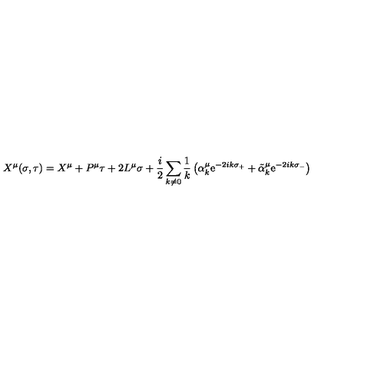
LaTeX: X ^ { \mu } ( \sigma , \tau ) = X ^ { \mu } + P ^ { \mu } \tau + 2 L ^ { \mu } \sigma + \frac { i } { 2 } \sum _ { k \neq 0 } \frac { 1 } { k } \left( \alpha _ { k } ^ { \mu } \mathrm { e } ^ { - 2 i k \sigma _ { + } } + \tilde { \alpha } _ { k } ^ { \mu } \mathrm { e } ^ { - 2 i k \sigma _ { - } } \right)